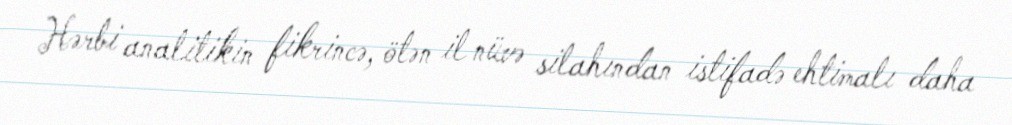
Hərbi analitikin fikrincə, ötən il nüvə silahından istifadə ehtimalı daha